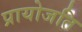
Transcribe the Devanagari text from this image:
प्रायोजति